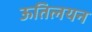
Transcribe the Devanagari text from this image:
ऊतिलयन